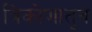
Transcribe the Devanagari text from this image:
त्रिकोणातून